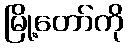
မြို့တော်ကို